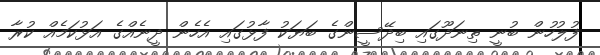
ފުލުހުން ބުނީ ތިނަދޫގައި ބިދޭސީންގެ ބަޔަކު ފާޅުގައި އެހެން ދީނެއްގެ އަޅުކަމެއް ކުރާ